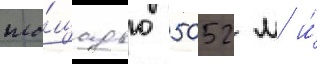
пло́щадью 5052 м и́